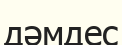
дәмдес